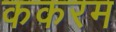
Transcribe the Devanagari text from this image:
ककरम